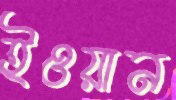
ইওয়ান